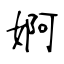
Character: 婀